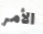
الأمر